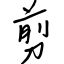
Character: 剪